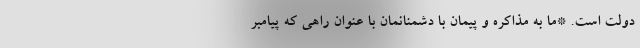
دولت است. *ما به مذاکره و پیمان با دشمنانمان با عنوان راهی که پیامبر